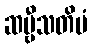
ဆဗ္ဗီသတိမံ